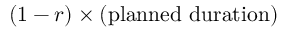
( 1 - r ) \times ( \mathrm { p l a n n e d \ d u r a t i o n } )